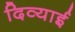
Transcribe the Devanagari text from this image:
दिव्याई